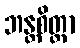
ဘန္တစိတ္တာ